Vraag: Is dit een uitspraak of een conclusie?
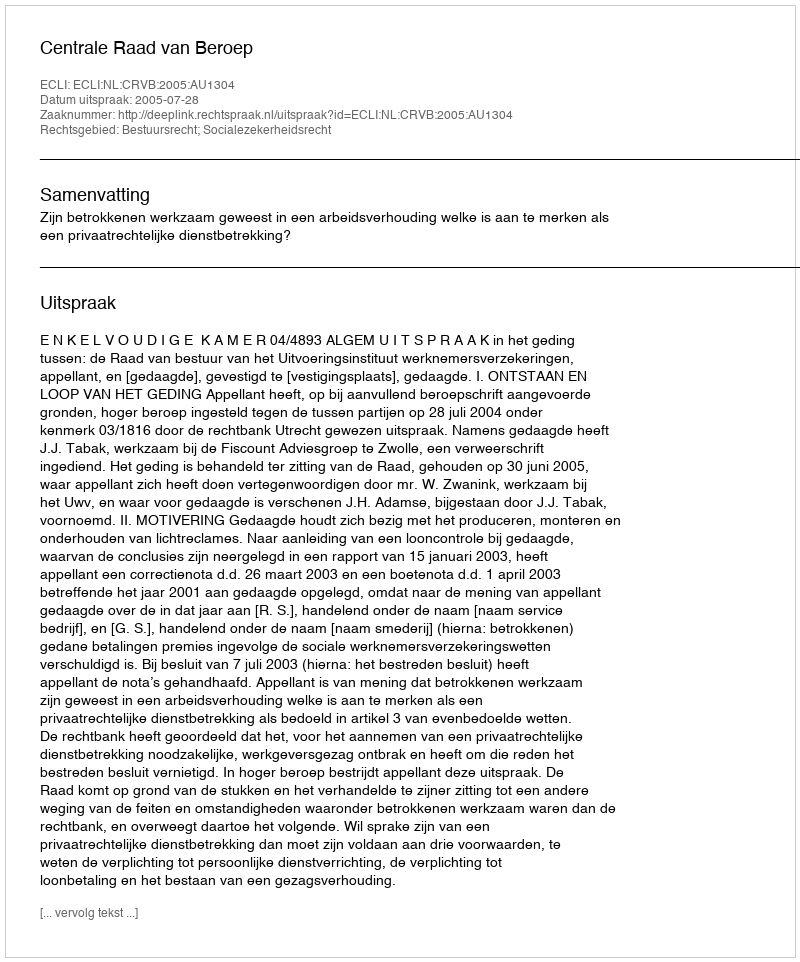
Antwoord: Uitspraak